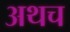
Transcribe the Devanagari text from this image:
अथच